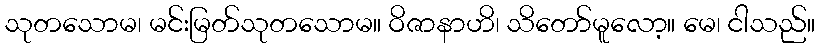
သုတသောမ၊ မင်းမြတ်သုတသောမ။ ဝိဇာနာဟိ၊ သိတော်မူလော့။ မေ၊ ငါသည်။